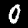
Digit: 0